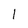
Character: 1